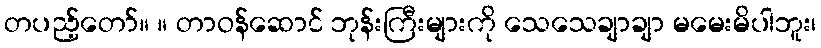
တပည့်တော်။ ။ တာဝန်ဆောင် ဘုန်းကြီးများကို သေသေချာချာ မမေးမိပါဘူး၊